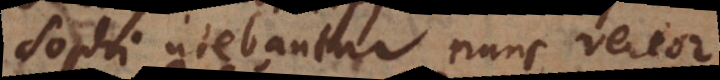
sophi utebantur, nunc vereor